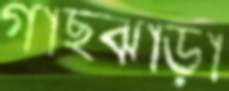
গাছঝাড়া